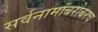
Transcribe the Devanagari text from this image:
सर्वनामांबरोबरच